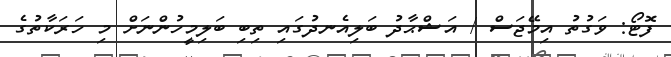
ފޮޓޯ: ވަގުތު އިމޭޖަސް / އަޝްޙާދު ބަލިއެނދުގައި ތިބި ބަލިމީހުންނަށް މި ހަރަކާތުގެ